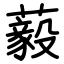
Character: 藙